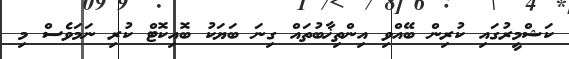
ކަޝްމީރުގައި ކުރިން ބޭއްވި އިންތިޚާބުތައް ގިނަ ބަޔަކު ބޮއިކޮޓް ކުރި ނަމަވެސް މި